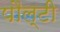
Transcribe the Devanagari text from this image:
पौल्टी